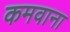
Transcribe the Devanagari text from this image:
कमवाना